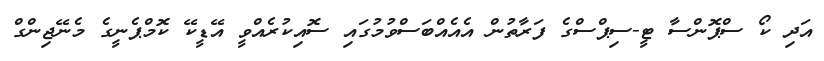
އަދި ކޯ ސްޕޮންސާ ޓީ-ސިޕްސްގެ ފަރާތުން އެއެއްބަސްވުމުގައި ސޮއިކުރެއްވީ އޭޑީކޭ ކޮމްޕެނީގެ މެނޭޖިންގް